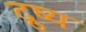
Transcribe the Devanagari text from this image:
द्रुष्य